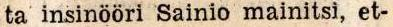
ta insinööri Sainio mainitsi, et-